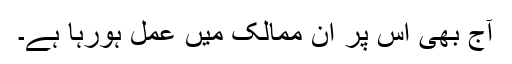
آج بھی اس پر ان ممالک میں عمل ہورہا ہے۔